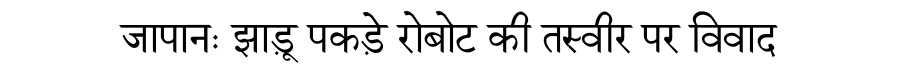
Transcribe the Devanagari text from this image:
जापानः झाड़ू पकड़े रोबोट की तस्वीर पर विवाद